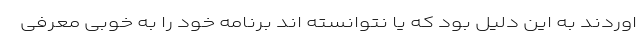
اوردند به این دلیل بود که یا نتوانسته اند برنامه خود را به خوبی معرفی